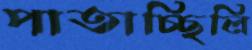
পাতাচ্ছিলি